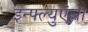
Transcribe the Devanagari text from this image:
इन्फ्ल्युएंजा